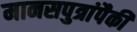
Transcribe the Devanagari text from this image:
मानसपुत्रांपैकी